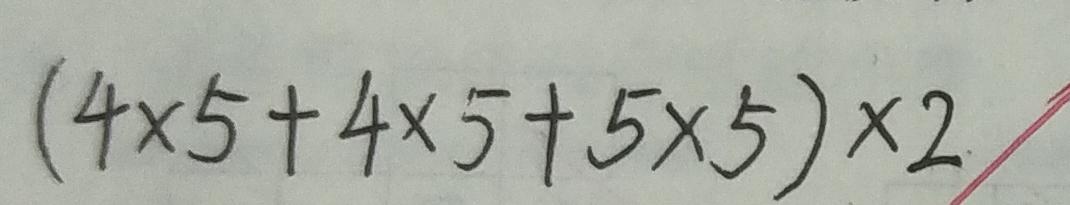
( 4 \times 5 + 4 \times 5 + 5 \times 5 ) \times 2